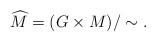
LaTeX: \begin{align*}\widehat{M} = (G\times M)/\sim.\end{align*}